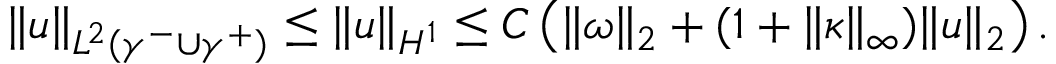
\begin{array} { r } { \| u \| _ { L ^ { 2 } ( \gamma ^ { - } \cup \gamma ^ { + } ) } \leq \| u \| _ { H ^ { 1 } } \leq C \left( \| \omega \| _ { 2 } + ( 1 + \| \kappa \| _ { \infty } ) \| u \| _ { 2 } \right) . } \end{array}